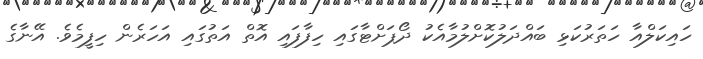
ހައިކަލްއާ ހަތަރުކަޅި ބައްދަލުކޮށްލުމާއެކު ދޯޕަށްޓާގައި ހިފާފައި އޮތް އަތުގައި އަހަރެން ހިފީމެވެ. އޭނާގެ